Civil Veterinary Department Bihar & Orissa reports 1911-21 - 1911-1921
Year: 1911
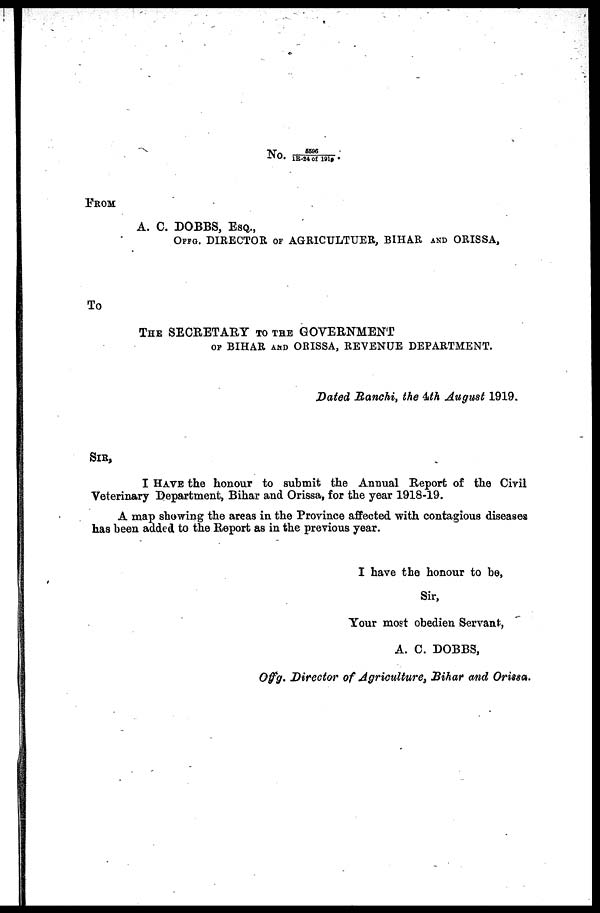
No. 5596
1 R-24 of 1919
FROM
A. C. DOBBS, ESQ.,
OFFG. DIRECTOR OF AGRICULTUER, BIHAR AND ORISSA,
TO
THE SECRETARY TO THE GOVERNMENT
OF BIHAR AND ORISSA, REVENUE DEPARTMENT.
Dated Ranchi, the 4th August 1919.
SIR,
I HAVE the honour to submit the Annual Report of the Civil
Veterinary Department, Bihar and Orissa, for the year 1918-19.
A map showing the areas in the Province affected with contagious diseases
has been added to the Report as in the previous year.
I have the honour to be,
Sir,
Your most obedien Servant,
A. C. DOBBS,
Offg. Director of Agriculture, Bihar and Orissa.